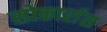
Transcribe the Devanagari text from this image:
सोकार्रास